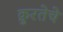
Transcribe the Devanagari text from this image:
क्रुरतेचे